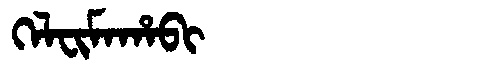
Manchu: ᡴᡝᠯᠸᡳᠮᠠᡥᠠᠪᡳ
Romanization: KELFIMAHABI